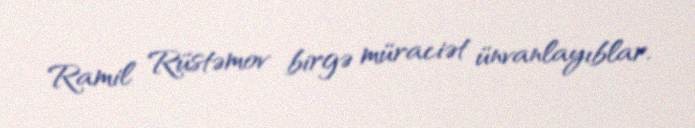
Ramil Rüstəmov birgə müraciət ünvanlayıblar.